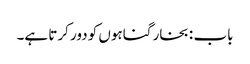
باب : بخار گناہوں کو دور کرتا ہے۔